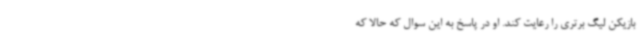
بازیکن لیگ برتری را رعایت کند. او در پاسخ به این سوال که حالا که